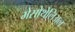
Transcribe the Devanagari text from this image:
मेसोथेलिअल